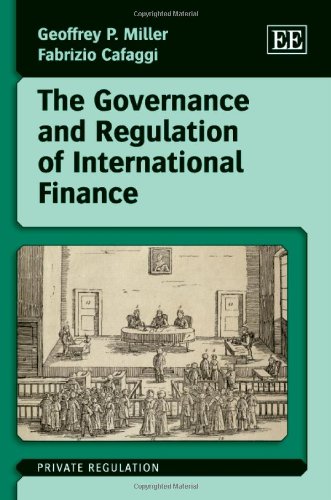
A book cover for The Governance and Regulation of International Finance (Private Regulation series); Geoffrey P. Miller; Law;